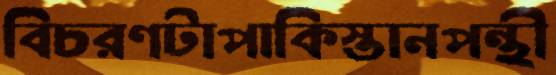
বিচরণটাপাকিস্তানপন্থী